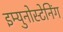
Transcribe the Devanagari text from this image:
इम्युनोस्टेनिंग